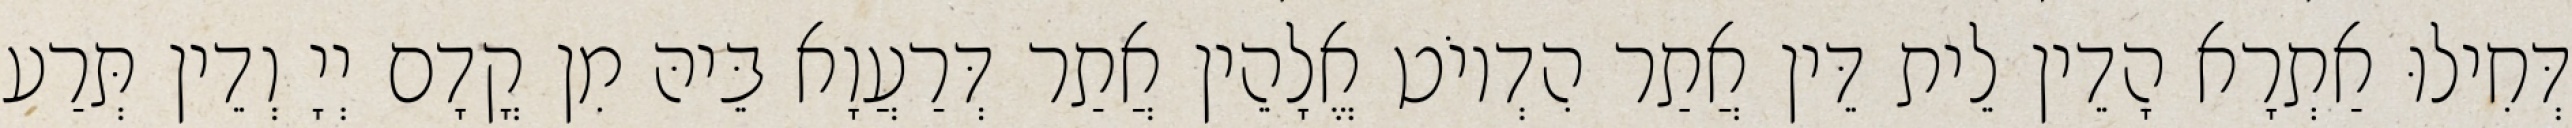
דְּחִילוּ אַתְרָא הָדֵין לֵית דֵּין אֲתַר הִדְיוֹט אֱלָהֵין אֲתַר דְּרַעֲוָא בֵּיהּ מִן קֳדָם יְיָ וְדֵין תְּרַע